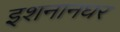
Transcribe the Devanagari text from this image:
इशनानघर